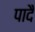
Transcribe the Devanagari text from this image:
पादै